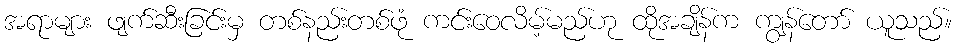
အရာများ ဖျက်ဆီးခြင်းမှ တစ်နည်းတစ်ဖုံ ကင်းဝေလိမ့်မည်ဟု ထိုအချိန်က ကျွန်တော် ယူသည်။